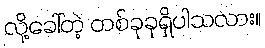
လို့ခေါ်တဲ့ တစ်ခုခုရှိပါသလား။